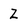
Character: Z